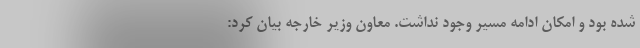
شده بود و امکان ادامه مسیر وجود نداشت. معاون وزیر خارجه بیان کرد: